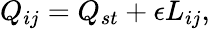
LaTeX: Q_{ij}=Q_{st}+\epsilon L_{ij},